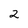
Character: 2